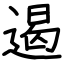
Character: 遏